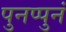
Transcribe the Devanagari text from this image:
पुनप्पुनं